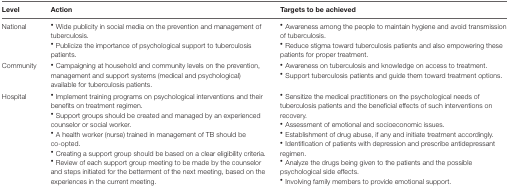
<table><thead><tr><td><b>Level</b></td><td><b>Action</b></td><td><b>Targets to be achieved</b></td></tr></thead><tbody><tr><td>National</td><td><sup>•</sup> Wide publicity in social media on the prevention and management of tuberculosis.<sup>•</sup> Publicize the importance of psychological support to tuberculosis patients.</td><td><sup>•</sup> Awareness among the people to maintain hygiene and avoid transmission of tuberculosis.<sup>•</sup> Reduce stigma toward tuberculosis patients and also empowering these patients for proper treatment.</td></tr><tr><td>Community</td><td><sup>•</sup> Campaigning at household and community levels on the prevention, management and support systems (medical and psychological) available for tuberculosis patients.</td><td><sup>•</sup> Awareness on tuberculosis and knowledge on access to treatment.<sup>•</sup> Support tuberculosis patients and guide them toward treatment options.</td></tr><tr><td>Hospital</td><td><sup>•</sup> Implement training programs on psychological interventions and their benefits on treatment regimen.<sup>•</sup> Support groups should be created and managed by an experienced counselor or social worker.<sup>•</sup> A health worker (nurse) trained in management of TB should be co-opted.<sup>•</sup> Creating a support group should be based on a clear eligibility criteria.<sup>•</sup> Review of each support group meeting to be made by the counselor and steps initiated for the betterment of the next meeting, based on the experiences in the current meeting.</td><td><sup>•</sup> Sensitize the medical practitioners on the psychological needs of tuberculosis patients and the beneficial effects of such interventions on recovery.<sup>•</sup> Assessment of emotional and socioeconomic issues.<sup>•</sup> Establishment of drug abuse, if any and initiate treatment accordingly.<sup>•</sup> Identification of patients with depression and prescribe antidepressant regimen.<sup>•</sup> Analyze the drugs being given to the patients and the possible psychological side effects.<sup>•</sup> Involving family members to provide emotional support.</td></tr></tbody></table>